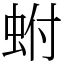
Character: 蚹